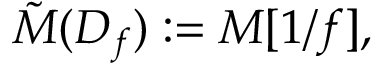
{ \tilde { M } } ( D _ { f } ) : = M [ 1 / f ] ,